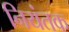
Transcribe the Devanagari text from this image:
नियंतक